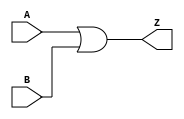
`timescale 1ns / 1ps
//////////////////////////////////////////////////////////////////////////////////
// Company: 
// Engineer: 
// 
// Design Name: 
// Module Name:    OR 
// Project Name: 
// Target Devices: 
// Tool versions: 
// Description: 
//
// Dependencies: 
//
// Revision: 
// Revision 0.01 - File Created
// Additional Comments: 
//
//////////////////////////////////////////////////////////////////////////////////
module OR(
    input [7:0] A,
    input [7:0] B,
    output [7:0] Z
    );
	assign Z=A|B;

endmodule